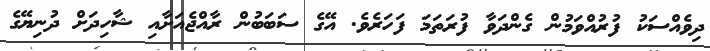
ދިވެއްސަކު ފުރުއްވަމުން ގެންދަވާ ފުރަތަމަ ފަހަރެވެ. އޭގެ ސަބަބުން ރާއްޖެއަށާއި ޝާހިދަށް ދުނިޔޭގެ